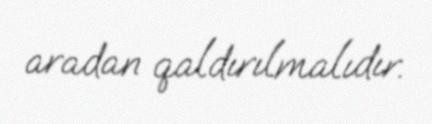
aradan qaldırılmalıdır.